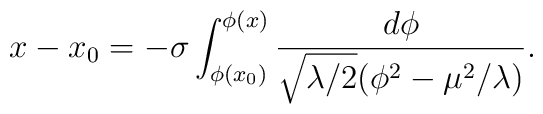
x-x_{0}=-\sigma \int _{\phi (x_{0})}^{\phi (x)}\frac{d\phi }{\sqrt{\lambda /2}(\phi ^{2}-\mu ^{2}/\lambda )}.